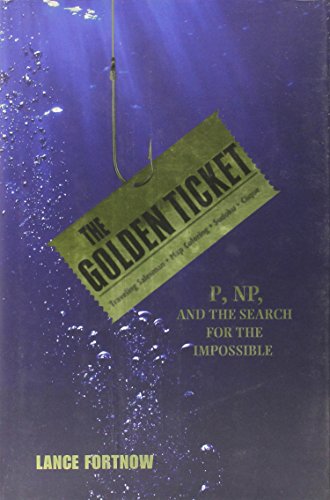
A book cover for The Golden Ticket: P, NP, and the Search for the Impossible; Lance Fortnow; Computers & Technology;